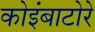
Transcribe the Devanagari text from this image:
कोइंबाटोरे